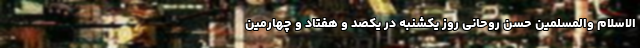
الاسلام والمسلمین حسن روحانی روز یکشنبه در یکصد و هفتاد و چهارمین